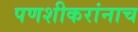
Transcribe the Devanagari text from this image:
पणशीकरांनाच